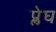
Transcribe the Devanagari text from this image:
प्लेघ